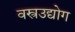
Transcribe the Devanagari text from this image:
वस्त्रउद्योग